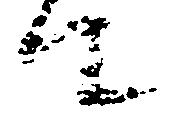
て